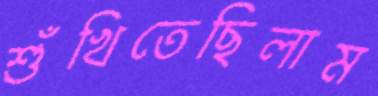
শুঁখিতেছিলাম